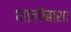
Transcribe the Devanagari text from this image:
भालोबाशा